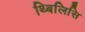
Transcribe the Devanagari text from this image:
थ्बिलिसि